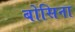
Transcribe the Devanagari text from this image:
बोसिना